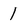
Character: 1